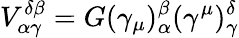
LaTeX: V_{\alpha\gamma}^{\delta\beta}=G(\gamma_{\mu})_{\alpha}^{\beta}(\gamma^{\mu})_{\gamma}^{\delta}